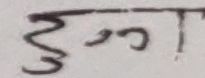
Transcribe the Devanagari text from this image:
हुन